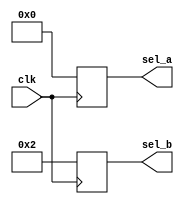
module DLY_NR_XZVL (clk, sel_a, sel_b);
   input clk;
   output reg [3:0] sel_a;
   output reg [3:0] sel_b;
   parameter delay_x = 2'bx1;
   parameter delay_z = 2'bz1;

   always @(posedge clk)
   begin
      #delay_x sel_a<= 4'b0000;
      #delay_z sel_b<= 4'b0010;
   end
endmodule